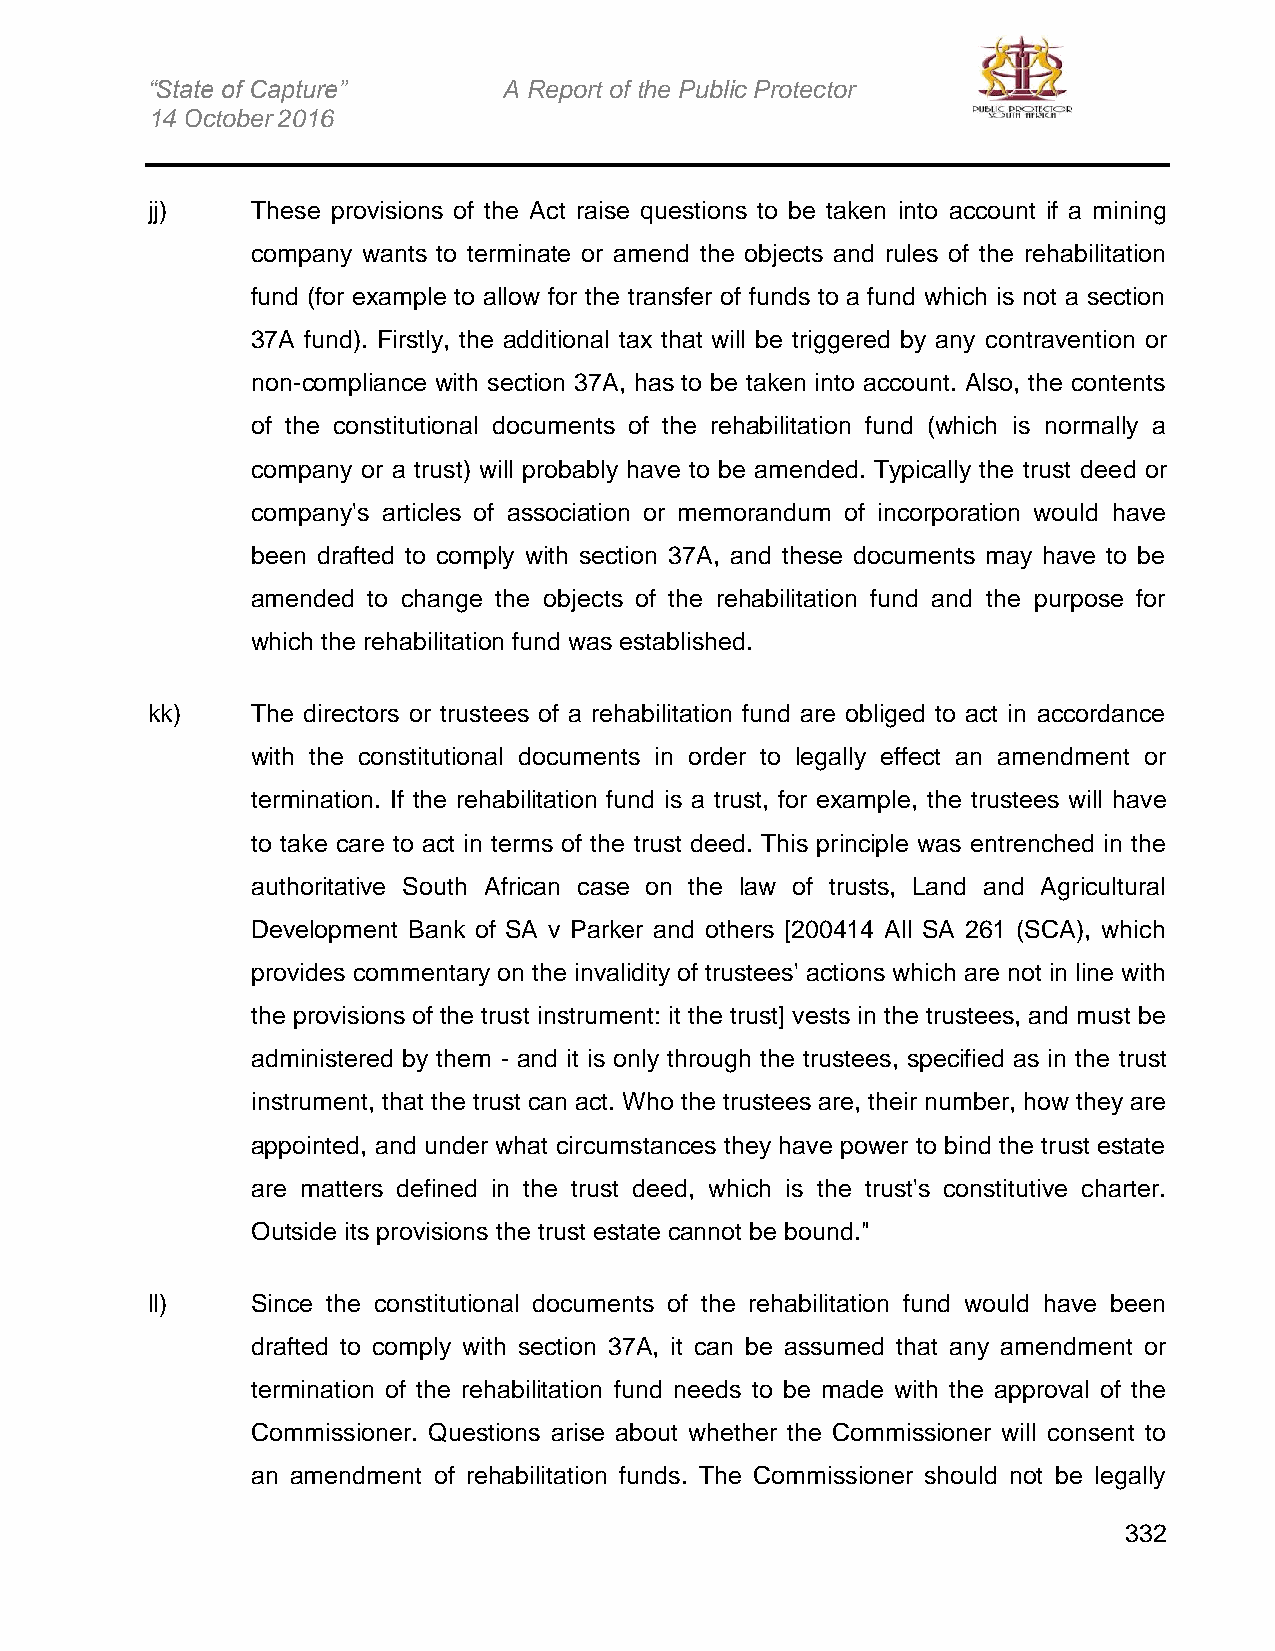
“State of Capture”     A Report of the Public Protector
 14 October 2016
 jj)    These provisions of the Act raise questions to be taken into account if a mining
 company wants to terminate or amend the objects and rules of the rehabilitation
 fund (for example to allow for the transfer of funds to a fund which is not a section
 37A fund). Firstly, the additional tax that will be triggered by any contravention or
 non-compliance with section 37A, has to be taken into account. Also, the contents
 of the constitutional documents of the rehabilitation fund (which is normally a
 company or a trust) will probably have to be amended. Typically the trust deed or
 company's articles of association or memorandum of incorporation would have
 been drafted to comply with section 37A, and these documents may have to be
 amended to change the objects of the rehabilitation fund and the purpose for
 which the rehabilitation fund was established.
 kk)    The directors or trustees of a rehabilitation fund are obliged to act in accordance
 with the constitutional documents in order to legally effect an amendment or
 termination. If the rehabilitation fund is a trust, for example, the trustees will have
 to take care to act in terms of the trust deed. This principle was entrenched in the
 authoritative South African case on the law of trusts, Land and Agricultural
 Development Bank of SA v Parker and others [200414 All SA 261 (SCA), which
 provides commentary on the invalidity of trustees' actions which are not in line with
 the provisions of the trust instrument: it the trust] vests in the trustees, and must be
 administered by them - and it is only through the trustees, specified as in the trust
 instrument, that the trust can act. Who the trustees are, their number, how they are
 appointed, and under what circumstances they have power to bind the trust estate
 are matters defined in the trust deed, which is the trust's constitutive charter.
 Outside its provisions the trust estate cannot be bound."
 ll)    Since the constitutional documents of the rehabilitation fund would have been
 drafted to comply with section 37A, it can be assumed that any amendment or
 termination of the rehabilitation fund needs to be made with the approval of the
 Commissioner. Questions arise about whether the Commissioner will consent to
 an amendment of rehabilitation funds. The Commissioner should not be legally
 332